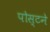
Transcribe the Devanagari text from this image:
पोस्टने